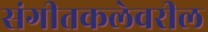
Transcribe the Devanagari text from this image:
संगीतकलेवरील